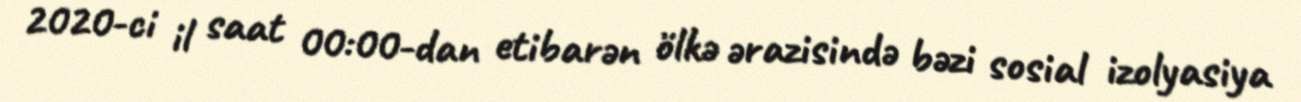
2020-ci il saat 00:00-dan etibarən ölkə ərazisində bəzi sosial izolyasiya